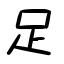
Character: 足